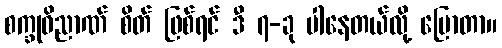
စက္ခုဝိညာဏ် စိတ် ဖြစ်ရင် ဒီ ၇-ခု ပါနေတယ်လို့ ပြောတာ။